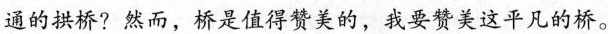
通的拱桥?然而，桥是值得赞美的，我要赞美这平凡的桥。